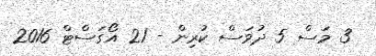
3 މަސް 5 ދުވަސް ކުރިން - 21 އޯގަސްޓް 2016